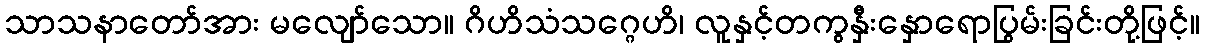
သာသနာတော်အား မလျော်သော။ ဂိဟိသံသဂ္ဂေဟိ၊ လူနှင့်တကွနှီးနှောရောပြွမ်းခြင်းတို့ဖြင့်။